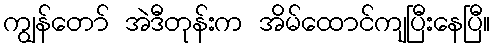
ကျွန်တော် အဲဒီတုန်းက အိမ်ထောင်ကျပြီးနေပြီ။